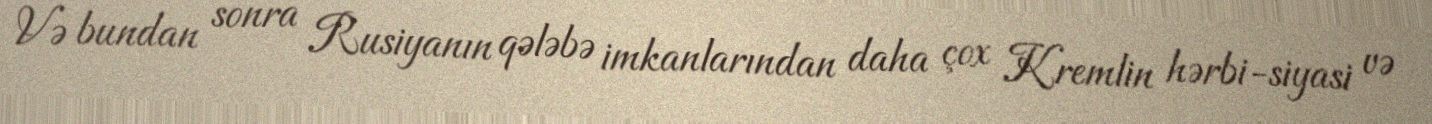
Və bundan sonra Rusiyanın qələbə imkanlarından daha çox Kremlin hərbi-siyasi və